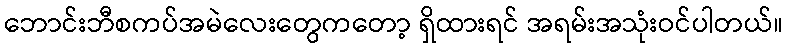
ဘောင်းဘီစကပ်အမဲလေးတွေကတော့ ရှိထားရင် အရမ်းအသုံးဝင်ပါတယ်။